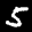
Label: 5